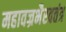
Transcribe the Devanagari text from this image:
महावज्रभैरवतंत्र